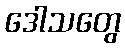
ဒေါသတွေ